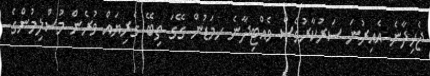
ޖެހިދާނެ އެއިރުނަ ސަރުކާރުވެސް ވެއްޓިދާނެ ހމަޑުން ގޭގަ ތިބޭ ގެރިޔައް ވުރެން މުސްލިމުންގެ